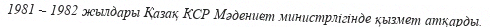
1981 – 1982 жылдары Қазақ КСР Мәдениет министрлігінде қызмет атқарды.